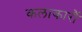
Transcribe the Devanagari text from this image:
कलाकारौं